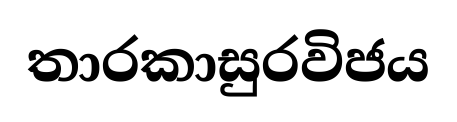
තාරකාසුරවිජය